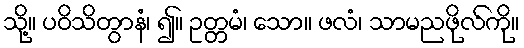
သို့။ ပဝိသိတွာနံ၊ ၍။ ဥတ္တမံ၊ သော။ ဖလံ၊ သာမညဖိုလ်ကို။